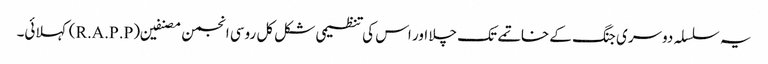
یہ سلسلہ دوسری جنگ کے خاتمے تک چلا اور اس کی تنظیمی شکل کل روسی انجمن مصنفین (R.A.P.P) کہلائی۔